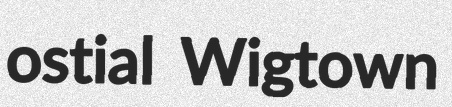
ostial Wigtown